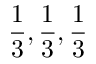
\frac { 1 } { 3 } , \frac { 1 } { 3 } , \frac { 1 } { 3 }